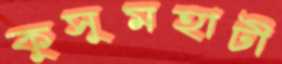
কুসুমহাটী